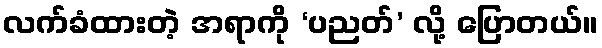
လက်ခံထားတဲ့ အရာကို ‘ပညတ်’ လို့ ပြောတယ်။